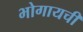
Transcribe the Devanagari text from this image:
भोगायची